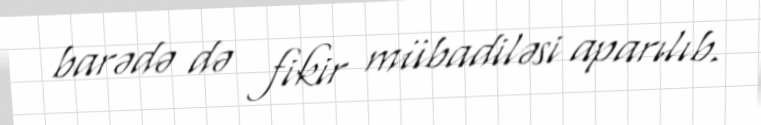
barədə də fikir mübadiləsi aparılıb.